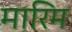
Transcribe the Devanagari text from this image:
मारिम